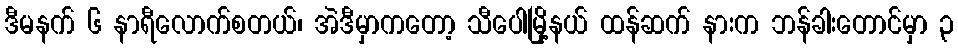
ဒီမနက် ၆ နာရီလောက်စတယ်၊ အဲဒီမှာကတော့ သီပေါမြို့နယ် ထန်ဆက် နားက ဘန်ခါးတောင်မှာ ၃